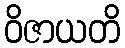
ဝိဇာယတိ